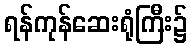
ရန်ကုန်ဆေးရုံကြီး၌